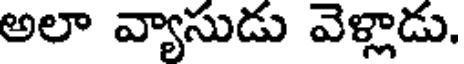
అలా వ్యాసుడు వెళ్లాడు.